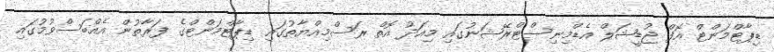
ޑިޕާޓްމަންޓް އޮފް ޖުޑީޝަލް އެޑްމިނިސްޓްރޭޝަނުގައި މިއަދު އޮތް ރަސްމިއްޔާތުގައި ޑިޕާޓްމަންޓްގެ ފަރާތުން އެއްބަސްވުމުގައި